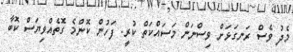
މެދު ވެސް ރަނގަޅަށް ވިސްނަން މަސައްކަތް ކުރީ. ފަހުން ކޮންމެ ގޮތެއްވިޔަސް ކޮބާ